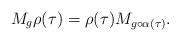
LaTeX: \begin{align*}M_g \rho(\tau) = \rho(\tau) M_{g\circ\alpha(\tau)}.\end{align*}